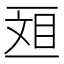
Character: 𫡴